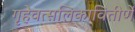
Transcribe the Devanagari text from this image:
गृहेवत्सलिकावितीर्णे